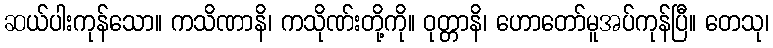
ဆယ်ပါးကုန်သော။ ကသိဏာနိ၊ ကသိုဏ်းတို့ကို။ ဝုတ္တာနိ၊ ဟောတော်မူအပ်ကုန်ပြီ။ တေသု၊